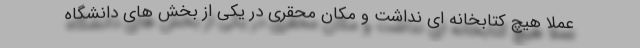
عملا هیچ کتابخانه ای نداشت و مکان محقری در یکی از بخش های دانشگاه